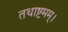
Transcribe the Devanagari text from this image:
तथाष्टमम्।